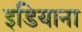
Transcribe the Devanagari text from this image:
इडियाना